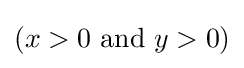
(x>0{\text{ and }}y>0)